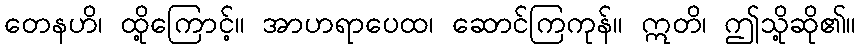
တေနဟိ၊ ထို့ကြောင့်။ အာဟရာပေထ၊ ဆောင်ကြကုန်။ ဣတိ၊ ဤသို့ဆို၏။